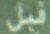
قبل